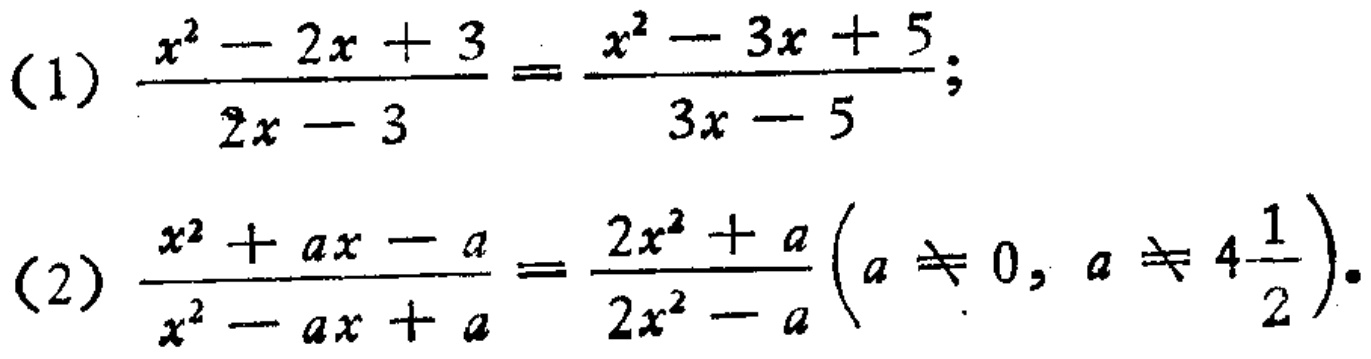
(1) \(\frac{x^{2}-2x + 3}{2x - 3}=\frac{x^{2}-3x + 5}{3x - 5}\);
(2) \(\frac{x^{2}+ax - a}{x^{2}-ax + a}=\frac{2x^{2}+a}{2x^{2}-a}\left(a\neq0,a\neq4\frac{1}{2}\right)\)